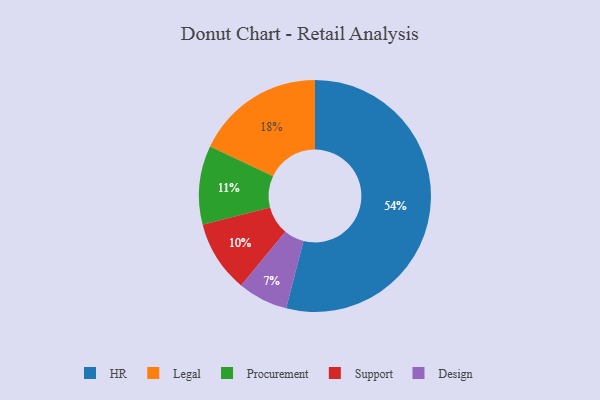
{"axis": {"x": "Category", "y": "Percentage"}, "legend": ["Design", "HR", "Legal", "Procurement", "Support"], "data": [{"x": "Design", "y": 7, "type": "Design"}, {"x": "Legal", "y": 18, "type": "Legal"}, {"x": "Support", "y": 10, "type": "Support"}, {"x": "HR", "y": 54, "type": "HR"}, {"x": "Procurement", "y": 11, "type": "Procurement"}]}